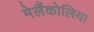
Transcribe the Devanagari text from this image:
मेलैंकोलिया